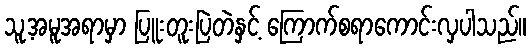
သူ့အမူအရာမှာ ပြူးတူးပြဲတဲနှင့် ကြောက်စရာကောင်းလှပါသည်။